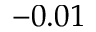
- 0 . 0 1